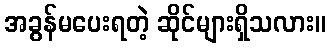
အခွန်မပေးရတဲ့ ဆိုင်များရှိသလား။